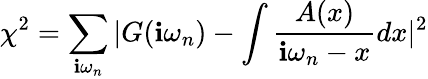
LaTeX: \chi^{2}=\sum_{\mathbf{i}\omega_{n}}|G(\mathbf{i}\omega_{n})-\int\frac{{A(x)}}{{\mathbf{i}\omega_{n}-x}}dx|^{2}